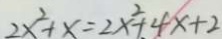
2 x ^ { 2 } + x = 2 x ^ { 2 } + 4 x + 2